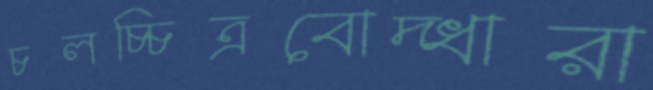
চলচ্চিত্রবোদ্ধারা